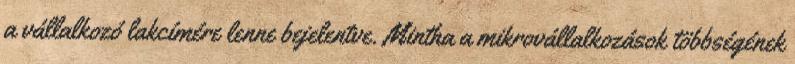
a vállalkozó lakcímére lenne bejelentve. Mintha a mikrovállalkozások többségének